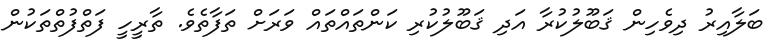
ބަލާއިރު ދިވެހިން ޤަބޫލުކުރާ އަދި ޤަބޫލުކުރި ކަންތައްތައް ވަރަށް ތަފާތެވެ. ތާރީހީ ފަތްފުތްތަކުން